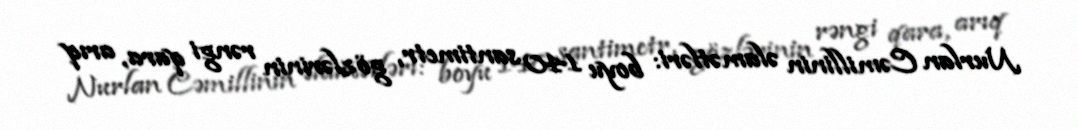
Nurlan Cəmillinin əlamətləri: boyu 140 santimetr, gözlərinin rəngi qara, arıq